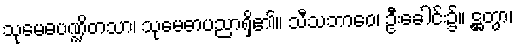
သုမေဓပဏ္ဍိတသာ၊ သုမေဓာပညာရှိ၏။ သီသဘာဝေ၊ ဦးခေါင်း၌။ ဋ္ဌတွာ၊